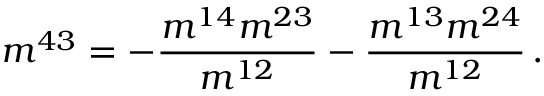
m ^ { 4 3 } = - \frac { m ^ { 1 4 } m ^ { 2 3 } } { m ^ { 1 2 } } - \frac { m ^ { 1 3 } m ^ { 2 4 } } { m ^ { 1 2 } } \, .